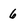
Character: 6